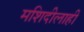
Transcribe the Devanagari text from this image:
मशिदीलाही